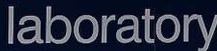
laboratory